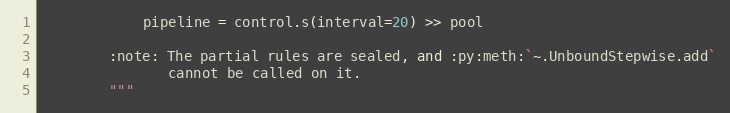
Language: Python
            pipeline = control.s(interval=20) >> pool

        :note: The partial rules are sealed, and :py:meth:`~.UnboundStepwise.add`
               cannot be called on it.
        """